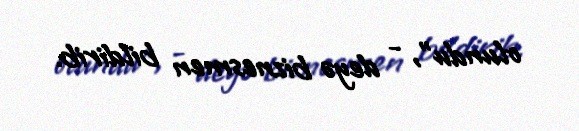
olundu”, - deyə biznesmen bildirib.